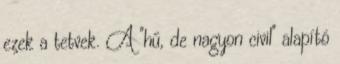
ezek a tetvek. A "hű, de nagyon civil" alapító